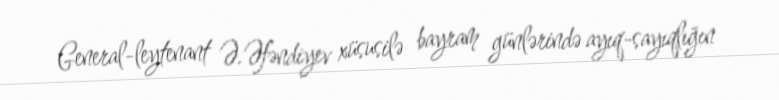
General-leytenant Ə.Əfəndiyev xüsusilə bayram günlərində ayıq-sayıqlığın